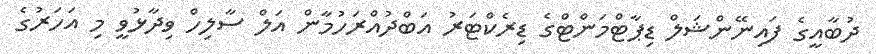
ދުބާއީގެ ފައިނޭންޝަލް ޑިޕާޓްމަންޓްގެ ޑިރެކްޓަރު އަބްދުއްރަހުމާން އަލް ސާލިހް ވިދާޅުވީ މި އަހަރުގެ